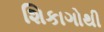
શિકાગોથી